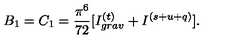
B _ { 1 } = C _ { 1 } = \frac { \pi ^ { 6 } } { 7 2 } [ I _ { g r a v } ^ { ( t ) } + I ^ { ( s + u + q ) } ] .